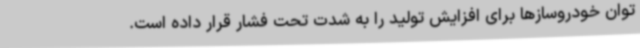
توان خودروساز‌ها برای افزایش تولید را به ‌شدت تحت فشار قرار داده است.